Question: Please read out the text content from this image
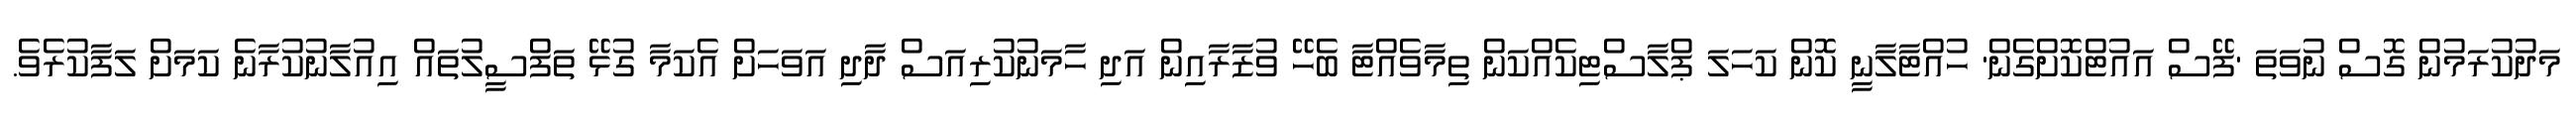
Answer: މަދުކުރަމުން ގޮސް ނުވަތަ 'ފޭސް އައުޓްކޮށްގެން' ހުއްޓާލާނީ ކޮން ކަހަލަ ޕްލާސްޓިކެއްކަން ތިމާވެއްޓާ ބެހޭ ވުޒާރާއިން އަދި ހާމަނުކުރިއަސް ދާދި އަވަހަށް އެކަމާ ގުޅޭ ތަފްސީލުތައް އިއުލާނުކުރާނެ ކަމަށް ލަފާކުރެވެ.